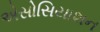
એસોસિયાશન